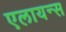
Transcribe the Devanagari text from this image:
एलायन्स